Veterinary [1916] -
Year: 1916
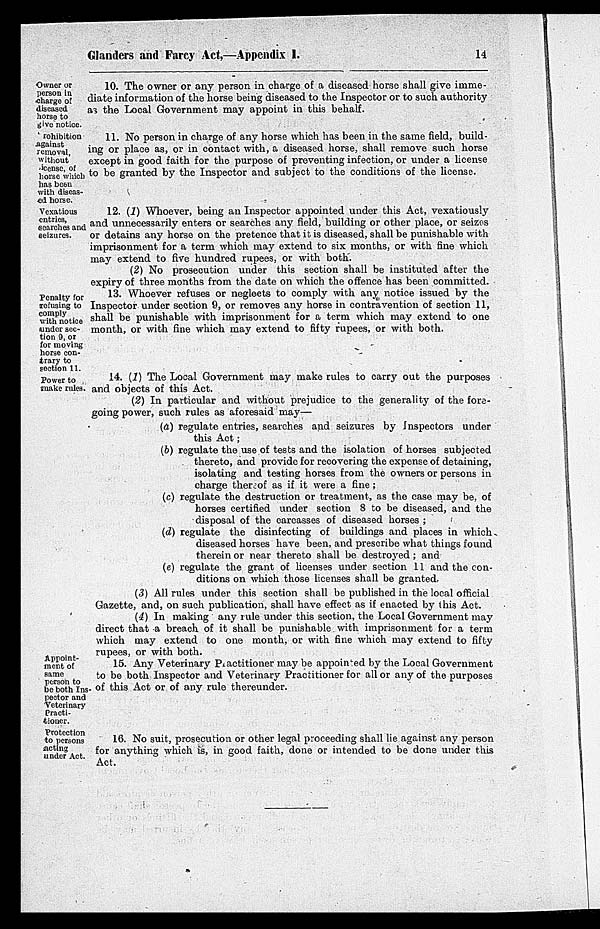
Glanders and Farcy Act,—Appendix
I.
14
Owner or
person in
charge of
diseased
horse to
give notice.
10. The owner or any person in charge of a diseased horse shall give imme-
diate information of the horse being diseased to the Inspector or to such authority
as the Local Government may appoint in this behalf.
Prohibition
against
removal,
without
license, of
horse which
has been
with diseas-
ed horse.
11. No person in charge of any horse which has been in the same field, build-
ing or place as, or in contact with, a diseased horse, shall remove such horse
except in good faith for the purpose of preventing infection, or under a license
to be granted by the Inspector and subject to the conditions of the license.
Vexatious
entries,
searches and
seizures.
12. (1) Whoever, being an Inspector appointed under this Act, vexatiously
and unnecessarily enters or searches any field, building or other place, or seizes
or detains any horse on the pretence that it is diseased, shall be punishable with
imprisonment for a term which may extend to six months, or with fine which
may extend to five hundred rupees, or with both.
(2) No prosecution under this section shall be instituted after the
expiry of three months from the date on which the offence has been committed.
Penalty for
refusing to
comply
with notice
under sec-
tion 9, or
for moving
horse con-
trary to
section 11.
13. Whoever refuses or neglects to comply with any notice issued by the
Inspector under section 9, or removes any horse in contravention of section 11,
shall be punishable with imprisonment for a term which may extend to one
month, or with fine which may extend to fifty rupees, or with both.
Power to
make rules.
14. (1) The Local Government may make rules to carry out the purposes
and objects of this Act.
(2) In particular and without prejudice to the generality of the fore-
going power, such rules as aforesaid may—
(a) regulate entries, searches and seizures by Inspectors under
this Act ;
(b) regulate the use of tests and the isolation of horses subjected
thereto, and provide for recovering the expense of detaining,
isolating and testing horses from the owners or persons in
charge there of as if it were a fine ;
(c) regulate the destruction or treatment, as the case may be, of
horses certified under section 8 to be diseased, and the
disposal of the carcasses of diseased horses ;
(d) regulate the disinfecting of buildings and places in which
diseased horses have been, and prescribe what things found
therein or near thereto shall be destroyed ; and
(e) regulate the grant of licenses under section 11 and the con-
ditions on which those licenses shall be granted.
(3) All rules under this section shall be published in the local official
Gazette, and, on such publication, shall have effect as if enacted by this Act.
(4) In making any rule under this section, the Local Government may
direct that a breach of it shall be punishable with imprisonment for a term
which may extend to one month, or with fine which may extend to fifty
rupees, or with both.
Appoint-
ment of
same
person to
be both Ins-
pector and
Veterinary
Practi-
tioner.
15. Any Veterinary Practitioner may be appointed by the Local Government
to be both Inspector and Veterinary Practitioner for all or any of the purposes
of this Act or of any rule thereunder.
Protection
to persons
acting
under Act.
16. No suit, prosecution or other legal proceeding shall lie against any person
for anything which is, in good faith, done or intended to be done under this
Act.